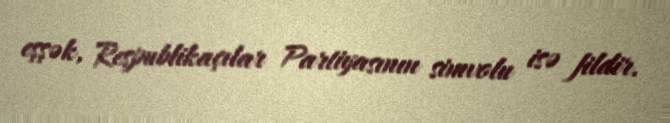
eşşək, Respublikaçılar Partiyasının simvolu isə fildir.